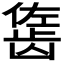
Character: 𬺇